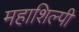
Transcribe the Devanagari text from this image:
महाशिल्पी